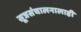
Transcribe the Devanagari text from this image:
सूत्रसंचालनालाही